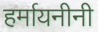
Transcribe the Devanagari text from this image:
हर्मायनीनी